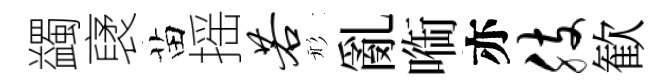
蠲裦苗摇若形亂㗸亦肢歓